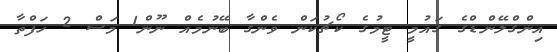
އިންގްލޭންޑްގެ ގައުމީ ޓީމުގެ ކޯޗުކަން ވެންގާ ބޭނުމެއް ނޫން1 މަސް 2 ހަފްތާ